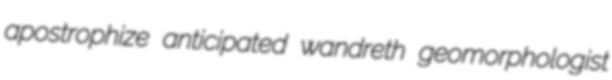
apostrophize anticipated wandreth geomorphologist